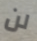
لن